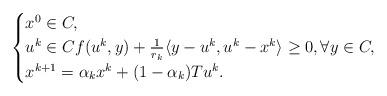
LaTeX: \begin{align*}\begin{cases}x^0 \in C,\\u^k \in C f(u^k, y) + \frac{1}{r_k}\langle y - u^k, u^k - x^k \rangle \geq 0, \forall y \in C,\\x^{k+1} = \alpha_k x^k + (1 - \alpha_k)Tu^k.\end{cases}\end{align*}